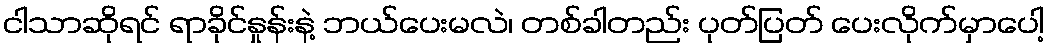
ငါသာဆိုရင် ရာခိုင်နှုန်းနဲ့ ဘယ်ပေးမလဲ၊ တစ်ခါတည်း ပုတ်ပြတ် ပေးလိုက်မှာပေါ့